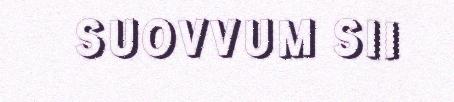
SUOVVUM SII